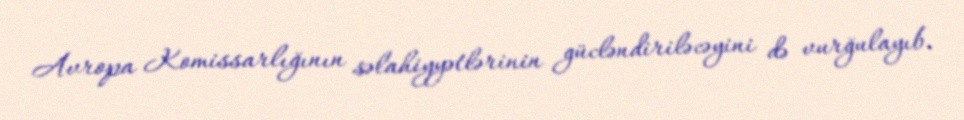
Avropa Komissarlığının səlahiyyətlərinin gücləndiriləcəyini də vurğulayıb.